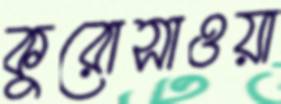
কুরোসাওয়া